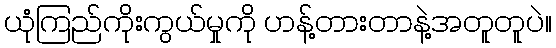
ယုံကြည်ကိုးကွယ်မှုကို ဟန့်တားတာနဲ့အတူတူပဲ။